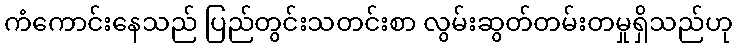
ကံကောင်းနေသည် ပြည်တွင်းသတင်းစာ လွမ်းဆွတ်တမ်းတမှုရှိသည်ဟု